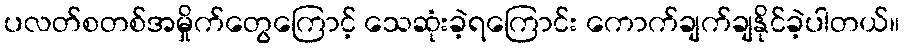
ပလတ်စတစ်အမှိုက်တွေကြောင့် သေဆုံးခဲ့ရကြောင်း ကောက်ချက်ချနိုင်ခဲ့ပါတယ်။